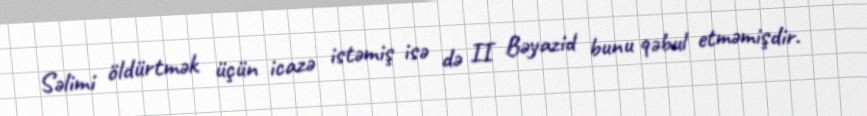
Səlimi öldürtmək üçün icazə istəmiş isə də II Bəyazid bunu qəbul etməmişdir.